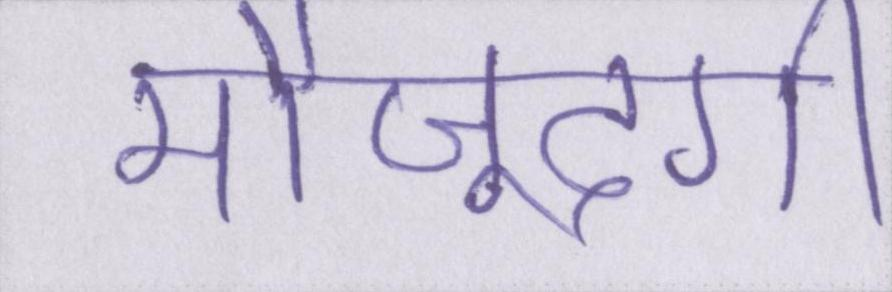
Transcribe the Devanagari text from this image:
मौजूदगी